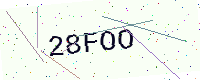
Text: 28FOO